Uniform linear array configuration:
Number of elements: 32
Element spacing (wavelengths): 1
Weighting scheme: binomial
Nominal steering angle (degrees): -60
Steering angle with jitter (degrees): -58.14
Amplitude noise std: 0.05
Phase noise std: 0.05

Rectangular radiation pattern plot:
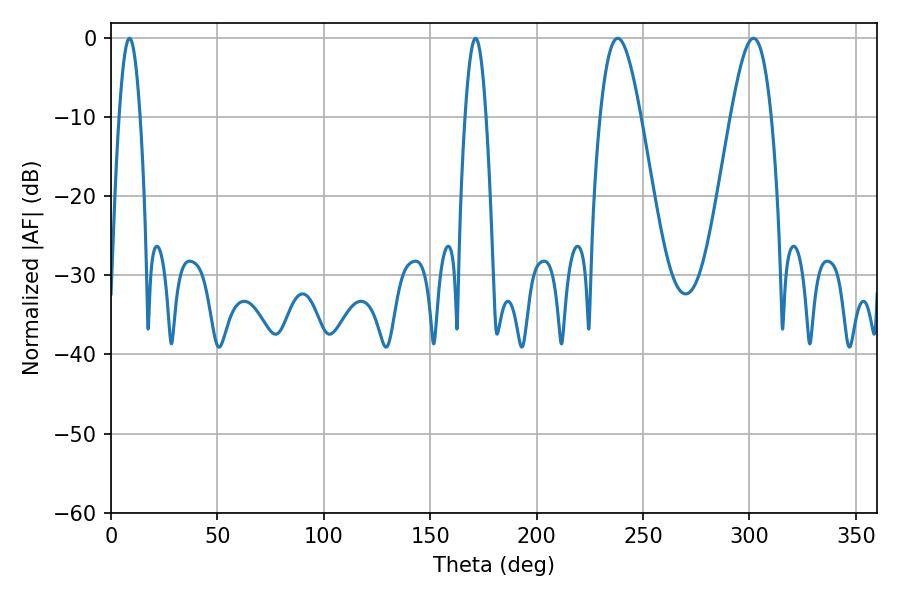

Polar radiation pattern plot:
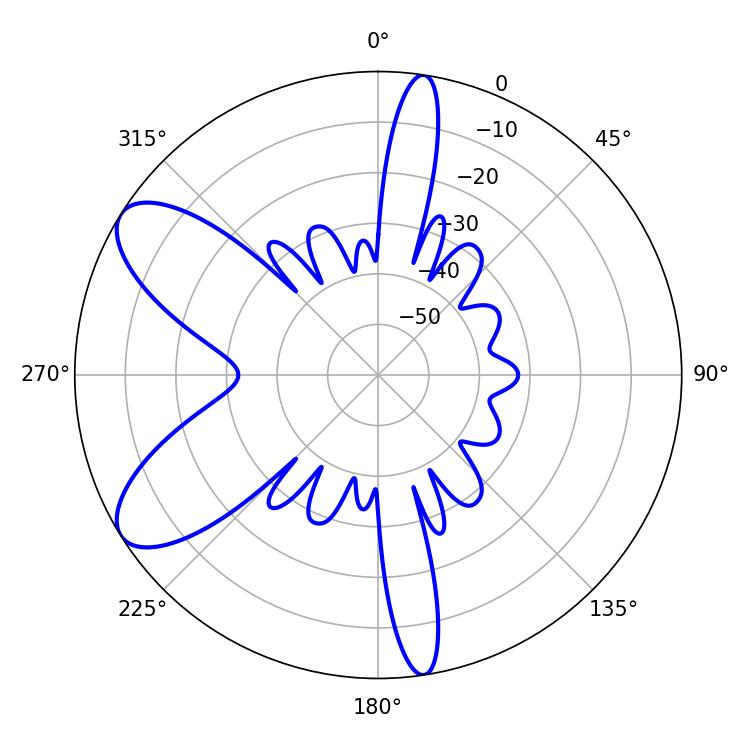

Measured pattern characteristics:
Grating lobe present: TRUE
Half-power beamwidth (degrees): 10.26
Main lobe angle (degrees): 238.14